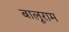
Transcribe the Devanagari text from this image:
बालूराम